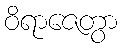
ဝိရာဇေတွာ